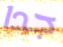
جدا